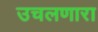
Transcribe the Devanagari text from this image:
उचलणारा